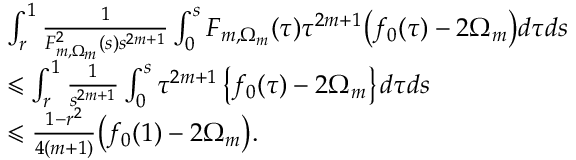
\begin{array} { r l } & { \int _ { r } ^ { 1 } \frac { 1 } { F _ { m , \Omega _ { m } } ^ { 2 } ( s ) s ^ { 2 m + 1 } } \int _ { 0 } ^ { s } F _ { m , \Omega _ { m } } ( \tau ) \tau ^ { 2 m + 1 } \big ( f _ { 0 } ( \tau ) - 2 \Omega _ { m } \big ) d \tau d s } \\ & { \leqslant \int _ { r } ^ { 1 } \frac { 1 } { s ^ { 2 m + 1 } } \int _ { 0 } ^ { s } \tau ^ { 2 m + 1 } \left\{ f _ { 0 } ( \tau ) - 2 \Omega _ { m } \right\} d \tau d s } \\ & { \leqslant \frac { 1 - r ^ { 2 } } { 4 ( m + 1 ) } \big ( f _ { 0 } ( 1 ) - 2 \Omega _ { m } \big ) . } \end{array}